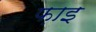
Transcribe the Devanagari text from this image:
फ़ाइ